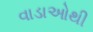
વાડાઓથી